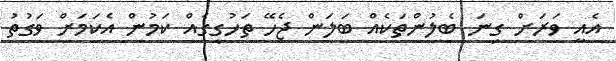
އެއީ ވަރަށް ގިނަ ބެލުންތަކެއް ބަލަން ޖެހޭ ތަހުގީގެއް ކަމުން އެކަމަށް ވަގުތު